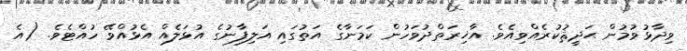
ވިދާޅުވުމުން ޙަދީޘުކުރެއްވިއެވެ. އާޚިރަތްދުވަހުން ކަމަނާގެ އަތުގައި އަލިފާނުގެ އުޅަލެއް އެޅުއްވޭ ހުއްޓެވެ. (އެ